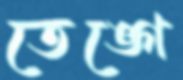
তেঙ্গে